Annual report on the health of the army in India
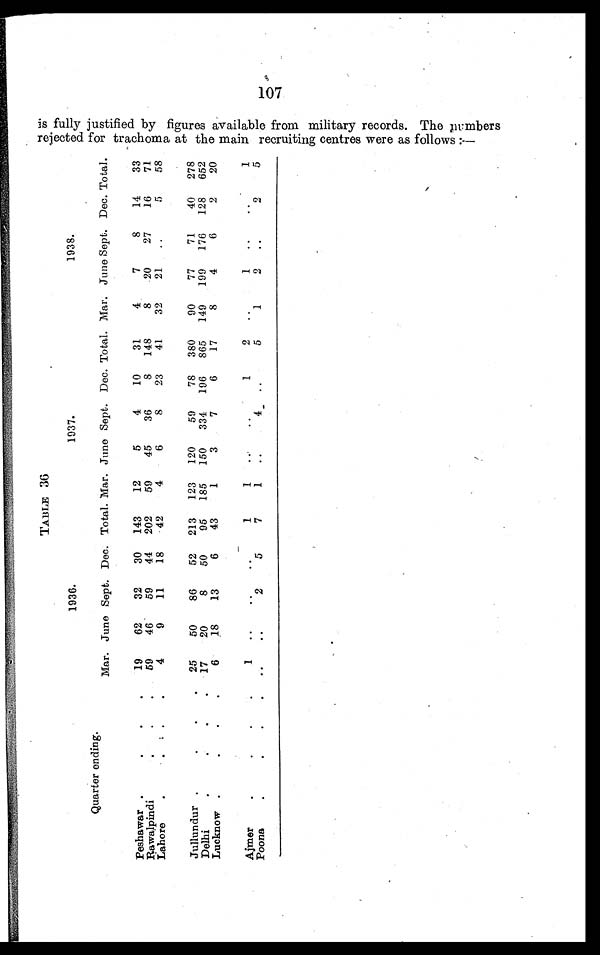
is fully justified by figures available from military records. The numbers rejected for trachoma at the main recruiting centres were as follows:—
Quarter ending.
1936.
1937.
1938.
Mar. June Sept. Dec. Total. Mar. June Sept. Dec. Total. Mar. June Sept. Dec. Total.
Peshawar . . .
19
62
32
30
143
12
5
4
10
31
4
7
8
14
33
Rawalpindi . . .
59
46
59
44
202
59
45
36
8
148
8
20
27
16
71
Lahore . . .
4
9
11
18
42
4
6
8
23
41
32
21
. . .
5
58
Jullundur . . .
25
50
86
52
213
123
120
59
78
380
90
77
71
40
278
Delhi . . .
17
20
8
50
95
185
150
334
196
865
149
199
176
128
652
Lucknow . . .
6
18
13
6
43
1
3
7
6
17
8
4
6
2
20
Ajmer . . .
1
. . .
. . .
. . .
1
1
. . .
. . .
1
2
. . .
1
. . .
. . .
1
Poona . . .
. . .
. . .
2
5
7
1
. . .
4
. . .
5
1
2
. . .
2
5